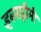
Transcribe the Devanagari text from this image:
इबराहीमी